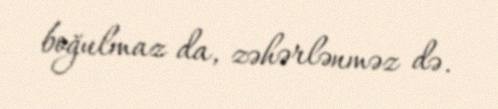
boğulmaz da, zəhərlənməz də.